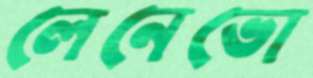
লেনেভো